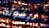
ليقوله